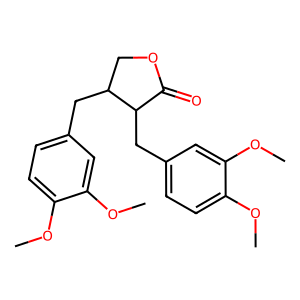
SMILES: COc1ccc(CC2COC(=O)C2Cc2ccc(OC)c(OC)c2)cc1OC
Inhibits HIV replication: No